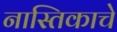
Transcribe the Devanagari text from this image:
नास्तिकाचे